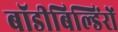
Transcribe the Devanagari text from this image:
बॉडीबिल्डिंरों